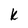
Character: k